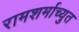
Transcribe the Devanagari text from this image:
रामशर्माच्युत